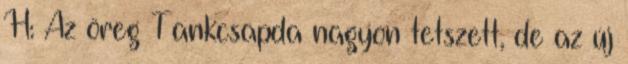
H: Az öreg Tankcsapda nagyon tetszett, de az új